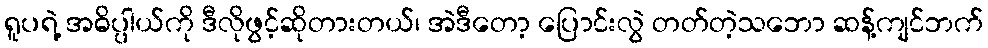
ရူပရဲ့ အဓိပ္ပါယ်ကို ဒီလိုဖွင့်ဆိုတားတယ်၊ အဲဒီတော့ ပြောင်းလွဲ တတ်တဲ့သဘော ဆန့်ကျင်ဘက်